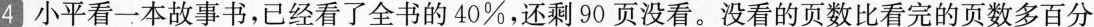
4小平看一本故事书，已经看了全书的40%，还剩90页没看。没看的页数比看完的页数多百分